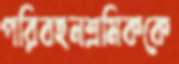
পরিবহনশ্রমিককে